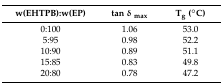
<table><thead><tr><td><b>w(EHTPB):w(EP)</b></td><td><b>tan δ <sub>max</sub></b></td><td><b>T<sub>g</sub> (°C)</b></td></tr></thead><tbody><tr><td>0:100</td><td>1.06</td><td>53.0</td></tr><tr><td>5:95</td><td>0.98</td><td>52.2</td></tr><tr><td>10:90</td><td>0.89</td><td>51.1</td></tr><tr><td>15:85</td><td>0.83</td><td>49.8</td></tr><tr><td>20:80</td><td>0.78</td><td>47.2</td></tr></tbody></table>